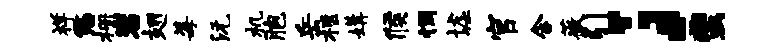
祥悠栅岩翅莓沅机胞岳柩媾候惆墟官含薇引；蜚